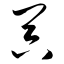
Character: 器